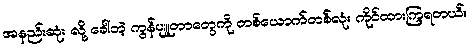
အနည်းဆုံး လို့ ခေါ်တဲ့ ကွန်ပျူတာတွေကို တစ်ယောက်တစ်လုံး ကိုင်ထားကြရတယ်။